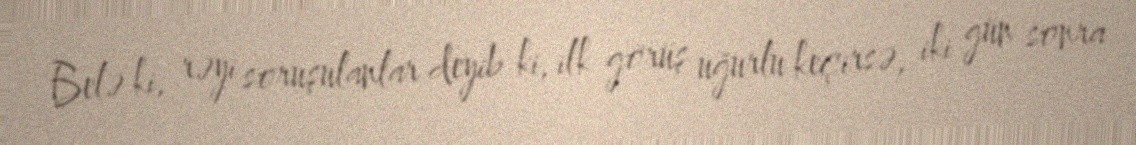
Belə ki, rəyi soruşulanlar deyib ki, ilk görüş uğurlu keçirsə, iki gün sonra